Proceedings of the meeting of veterinary officers in India
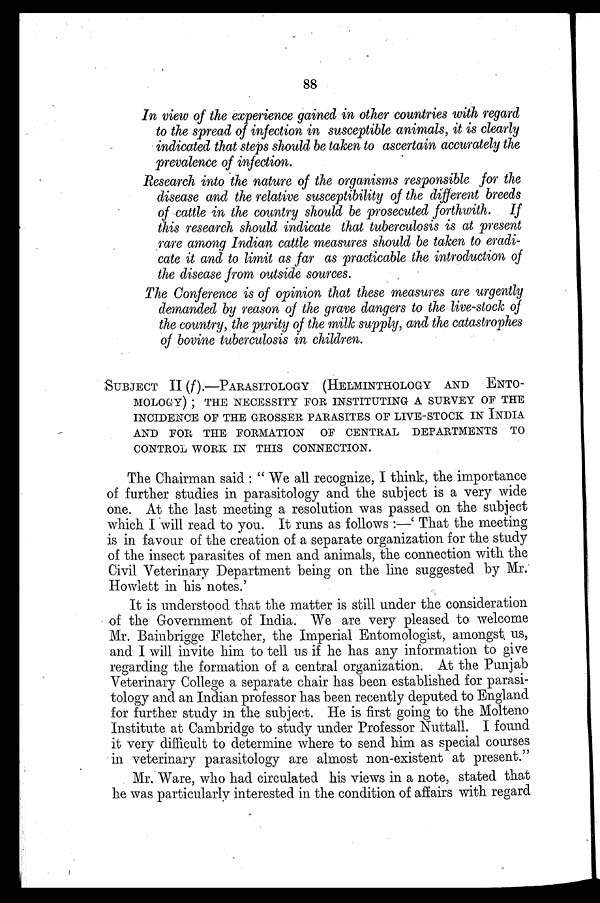
88
In view of the experience gained in other countries with regard
to the spread of infection in susceptible animals, it is clearly
indicated that steps should be taken to ascertain accurately the
prevalence of infection.
Research into the nature of the organisms responsible for the
disease and the relative susceptibility of the different breeds
of cattle in the country should be prosecuted forthwith. If
this research should indicate that tuberculosis is at present
rare among Indian cattle measures should be taken to eradi-
cate it and to limit as far as practicable the introduction of
the disease from outside sources.
The Conference is of opinion that these measures are urgently
demanded by reason of the grave dangers to the live-stock of
the country, the purity of the milk supply, and the catastrophes
of bovine tuberculosis in children.
SUBJECT II (f).—PARASITOLOGY (HELMINTHOLOGY AND ENTO-
------) ; THE NECESSITY FOR INSTITUTING A SURVEY OF THE
INCIDENCE OF THE GROSSER PAEASITES OF LIVE-STOCK IN INDIA
AND FOR THE FORMATION OF CENTRAL DEPARTMENTS TO
CONTROL WORK IN THIS CONNECTION.
The Chairman said : " We all recognize, I think, the importance
of further studies in parasitology and the subject is a very wide
one. At the last meeting a resolution was passed on the subject
which I will read to you. It runs as follows :—' That the meeting
is in favour of the creation of a separate organization for the study
of the insect parasites of men and animals, the connection with the
Civil Veterinary Department being on the line suggested by Mr.
Howlett in his notes.'
It is understood that the matter is still under the consideration
of the Government of India. We are very pleased to welcome
Mr. Bainbrigge Fletcher, the Imperial Entomologist, amongst, us,
and I will invite him to tell us if he has any information to give
regarding the formation of a central organization. At the Punjab
Veterinary College a separate chair has been established for parasi-
tology and an Indian professor has been recently deputed to England
for further study in the subject. He is first going to the Molteno
Institute at Cambridge to study under Professor Nuttall. I found
it very difficult to determine where to send him as special courses
in veterinary parasitology are almost non-existent at present."
Mr. Ware, who had circulated his views in a note, stated that
he was particularly interested in the condition of affairs with regard